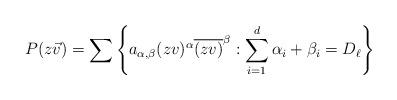
LaTeX: \begin{align*} P(z\vec{v}) = \sum \left\{ a_{\alpha,\beta} (zv)^{\alpha}\overline{(zv)}^\beta : \sum_{i=1}^d \alpha_i+\beta_i = D_\ell\right\} \end{align*}